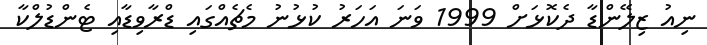
ނިއު ޒިލޭންޑާ ދެކޮޅަށް 1999 ވަނަ އަހަރު ކުޅުނު މެޗެއްގައި ޑްރާވިޑާއި ޓެންޑުލްކާ